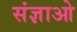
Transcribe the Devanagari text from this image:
संज्ञाओ